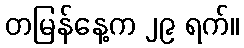
တမြန်နေ့က ၂၉ ရက်။